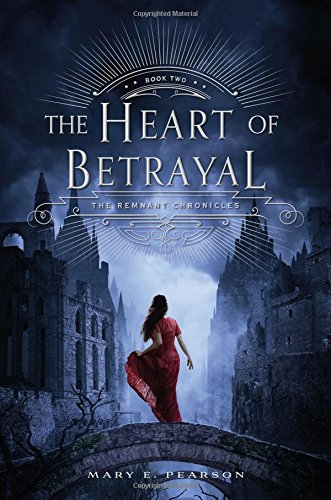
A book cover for The Heart of Betrayal (The Remnant Chronicles); Mary E. Pearson; Teen & Young Adult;